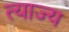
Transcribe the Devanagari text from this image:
त्‍याज्‍य